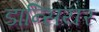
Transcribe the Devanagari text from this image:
डान्सियर